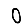
Digit: 0